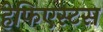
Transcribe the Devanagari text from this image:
हेफिएस्टस